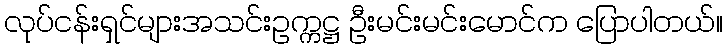
လုပ်ငန်းရှင်များအသင်းဥက္ကဋ္ဌ ဦးမင်းမင်းမောင်က ပြောပါတယ်။